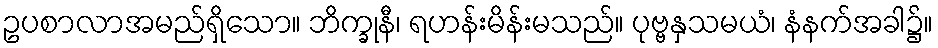
ဥပစာလာအမည်ရှိသော။ ဘိက္ခုနီ၊ ရဟန်းမိန်းမသည်။ ပုဗ္ဗနှသမယံ၊ နံနက်အခါ၌။